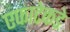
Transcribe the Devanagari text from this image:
एफाटेकडे